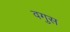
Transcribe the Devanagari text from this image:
वगुस